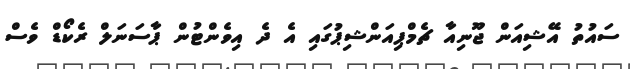
ސައުތު އޭޝިއަން ޖޫނިއާ ޗެމްޕިއަންޝިޕުގައި އެ ދެ އިވެންޓުން ޕާސަނަލް ރެކޯޑް ވެސް